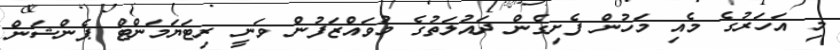
މި އަހަރުގެ މެއި މަހުން ފެށިގެން ދައުލަތުގެ މުވައްޒަފުން ވަނީ ރިޓަޔަމަންޓް ޕެންޝަން